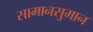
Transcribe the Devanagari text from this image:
सामानसुमान